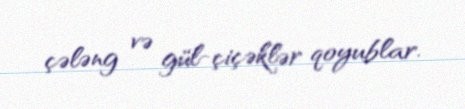
çələng və gül-çiçəklər qoyublar.